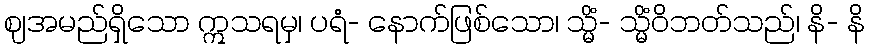
ဈအမည်ရှိသော ဣသရမှ၊ ပရံ- နောက်ဖြစ်သော၊ သ္မိံ- သ္မိံဝိဘတ်သည်၊ နိ- နိ